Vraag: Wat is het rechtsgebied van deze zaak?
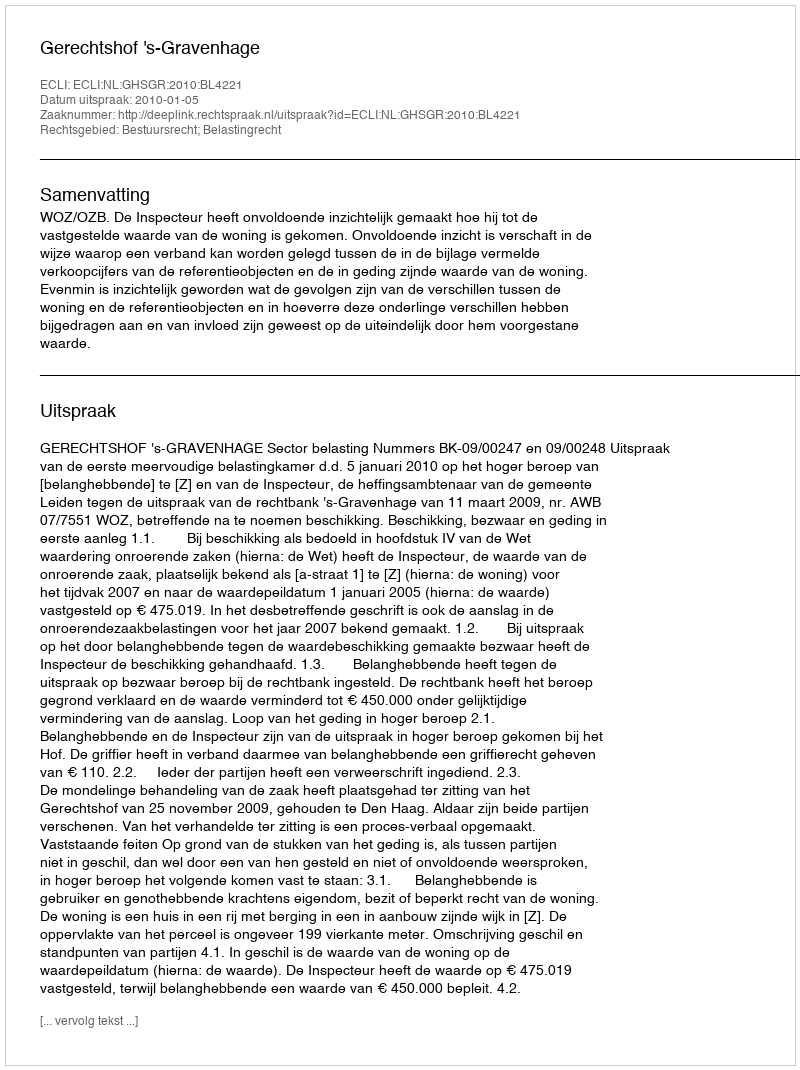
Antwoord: Bestuursrecht; Belastingrecht